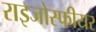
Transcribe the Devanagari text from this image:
राइजोस्फीयर